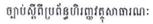
ច្បាប់ស្តីពីប្រព័ន្ធហិរញ្ញវត្ថុសាធារណៈ